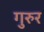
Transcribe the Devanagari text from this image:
गुरुर